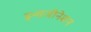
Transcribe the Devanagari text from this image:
इन्वजीनेशन